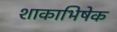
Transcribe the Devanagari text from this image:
शाकाभिषेक